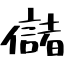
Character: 儲